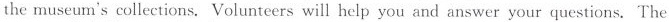
the museum's collections. Volunteers will help you and answer your questions. The